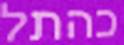
כהתל